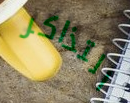
التذاكر